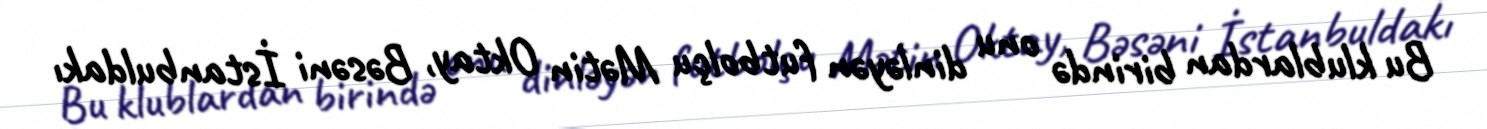
Bu klublardan birində onu dinləyən futbolçu Mətin Oktay, Bəsəni İstanbuldakı